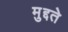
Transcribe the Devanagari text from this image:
मुद्दते